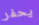
يحفر